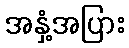
အနှံ့အပြား